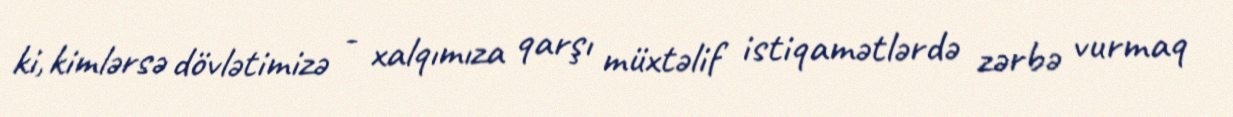
ki, kimlərsə dövlətimizə - xalqımıza qarşı müxtəlif istiqamətlərdə zərbə vurmaq